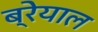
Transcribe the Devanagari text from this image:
ब्रेयाल